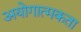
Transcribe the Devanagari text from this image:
अयोगात्मकता